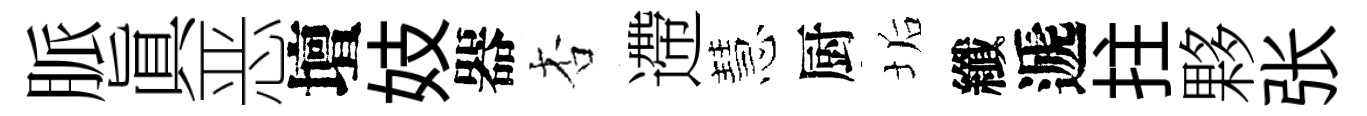
脈眞恶壇妓器杏遰慧厨垢纖遞拄夥张